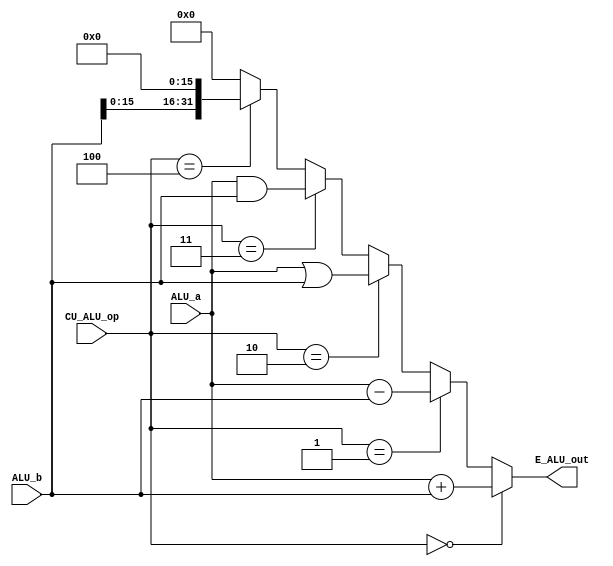
`timescale 1ns / 1ps
//-----------------------------------------------------------------------------
`define aluAdd    4'b0000
`define aluSub    4'b0001
`define aluOr     4'b0010
`define aluAnd    4'b0011
`define aluLui    4'b0100
//-------------------------------------------------------------------------------


//------------------------------------------------------------------------
module E_ALU(
    input [31:0] ALU_a,
    input [31:0] ALU_b,
    input [3:0] CU_ALU_op,
    output [31:0] E_ALU_out
    );
//---------------------------------------------------------------------------------	
      

//select_area----------------------------------------------------------------------    
    assign E_ALU_out = (CU_ALU_op == `aluAdd) ? ALU_a + ALU_b :           //
                     (CU_ALU_op == `aluSub) ? ALU_a - ALU_b :           //
                     (CU_ALU_op == `aluOr) ? ALU_a | ALU_b :            //
                     (CU_ALU_op == `aluAnd) ? ALU_a & ALU_b :           //
                     (CU_ALU_op == `aluLui) ? {ALU_b[15:0], 16'H0000} : //60
                     32'H0000_0000;
//----------------------------------------------------------------------------------


endmodule